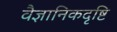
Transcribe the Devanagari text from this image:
वैज्ञानिकदृष्टि